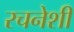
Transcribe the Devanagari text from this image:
रचनेशी